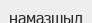
намазшыл